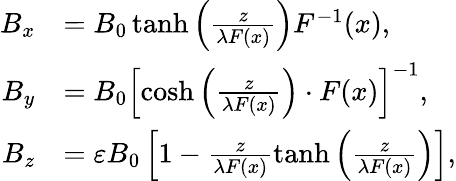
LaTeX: \begin{array}{rl}{B_{x}}&{=B_{0}\operatorname{tanh}\left(\frac{z}{\lambda F(x)}\right)F^{-1}(x),}\\ {B_{y}}&{=B_{0}\left[\cosh\left(\frac{z}{\lambda F(x)}\right)\cdot F(x)\right]^{-1},}\\ {B_{z}}&{=\varepsilon B_{0}\left[1-\frac{z}{\lambda F(x)}\operatorname{tanh}\left(\frac{z}{\lambda F(x)}\right)\right],}\end{array}